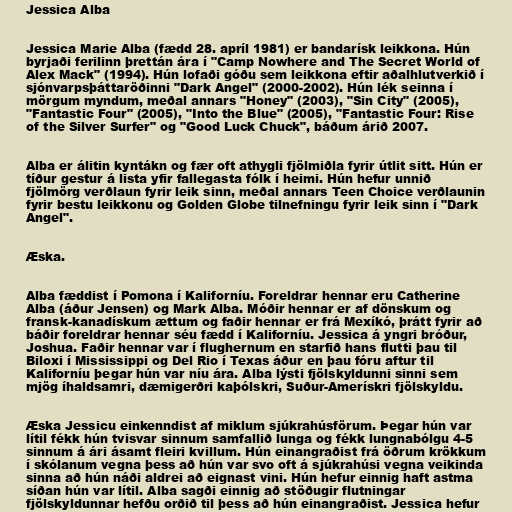
Jessica Alba

Jessica Marie Alba (fædd 28. apríl 1981) er bandarísk leikkona. Hún
byrjaði ferilinn þrettán ára í "Camp Nowhere and The Secret World of
Alex Mack" (1994). Hún lofaði góðu sem leikkona eftir aðalhlutverkið í
sjónvarpsþáttaröðinni "Dark Angel" (2000-2002). Hún lék seinna í
mörgum myndum, meðal annars "Honey" (2003), "Sin City" (2005),
"Fantastic Four" (2005), "Into the Blue" (2005), "Fantastic Four: Rise
of the Silver Surfer" og "Good Luck Chuck", báðum árið 2007.

Alba er álitin kyntákn og fær oft athygli fjölmiðla fyrir útlit sitt. Hún er
tíður gestur á lista yfir fallegasta fólk í heimi. Hún hefur unnið
fjölmörg verðlaun fyrir leik sinn, meðal annars Teen Choice verðlaunin
fyrir bestu leikkonu og Golden Globe tilnefningu fyrir leik sinn í "Dark
Angel".

Æska.

Alba fæddist í Pomona í Kaliforníu. Foreldrar hennar eru Catherine
Alba (áður Jensen) og Mark Alba. Móðir hennar er af dönskum og
fransk-kanadískum ættum og faðir hennar er frá Mexíkó, þrátt fyrir að
báðir foreldrar hennar séu fædd í Kaliforníu. Jessica á yngri bróður,
Joshua. Faðir hennar var í flughernum en starfið hans flutti þau til
Biloxi í Mississippi og Del Rio í Texas áður en þau fóru aftur til
Kaliforníu þegar hún var níu ára. Alba lýsti fjölskyldunni sinni sem
mjög íhaldsamri, dæmigerðri kaþólskri, Suður-Amerískri fjölskyldu.

Æska Jessicu einkenndist af miklum sjúkrahúsförum. Þegar hún var
lítil fékk hún tvisvar sinnum samfallið lunga og fékk lungnabólgu 4-5
sinnum á ári ásamt fleiri kvillum. Hún einangraðist frá öðrum krökkum
í skólanum vegna þess að hún var svo oft á sjúkrahúsi vegna veikinda
sinna að hún náði aldrei að eignast vini. Hún hefur einnig haft astma
síðan hún var lítil. Alba sagði einnig að stöðugir flutningar
fjölskyldunnar hefðu orðið til þess að hún einangraðist. Jessica hefur